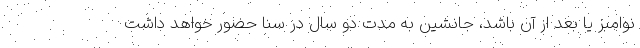
نوامبر یا بعد از آن باشد، جانشین به مدت دو سال در سنا حضور خواهد داشت